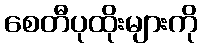
စေတီပုထိုးများကို